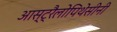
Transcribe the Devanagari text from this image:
आस्ट्रैलोपिथेसीनी